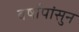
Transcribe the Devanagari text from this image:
वर्षापांसुन